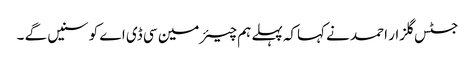
جسٹس گلزار احمد نے کہاکہ پہلے ہم چیئرمین سی ڈی اے کو سنیں گے ۔